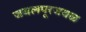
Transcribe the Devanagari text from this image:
जबलपूरजवळ